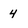
Character: 4